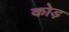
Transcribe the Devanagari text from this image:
कोड़